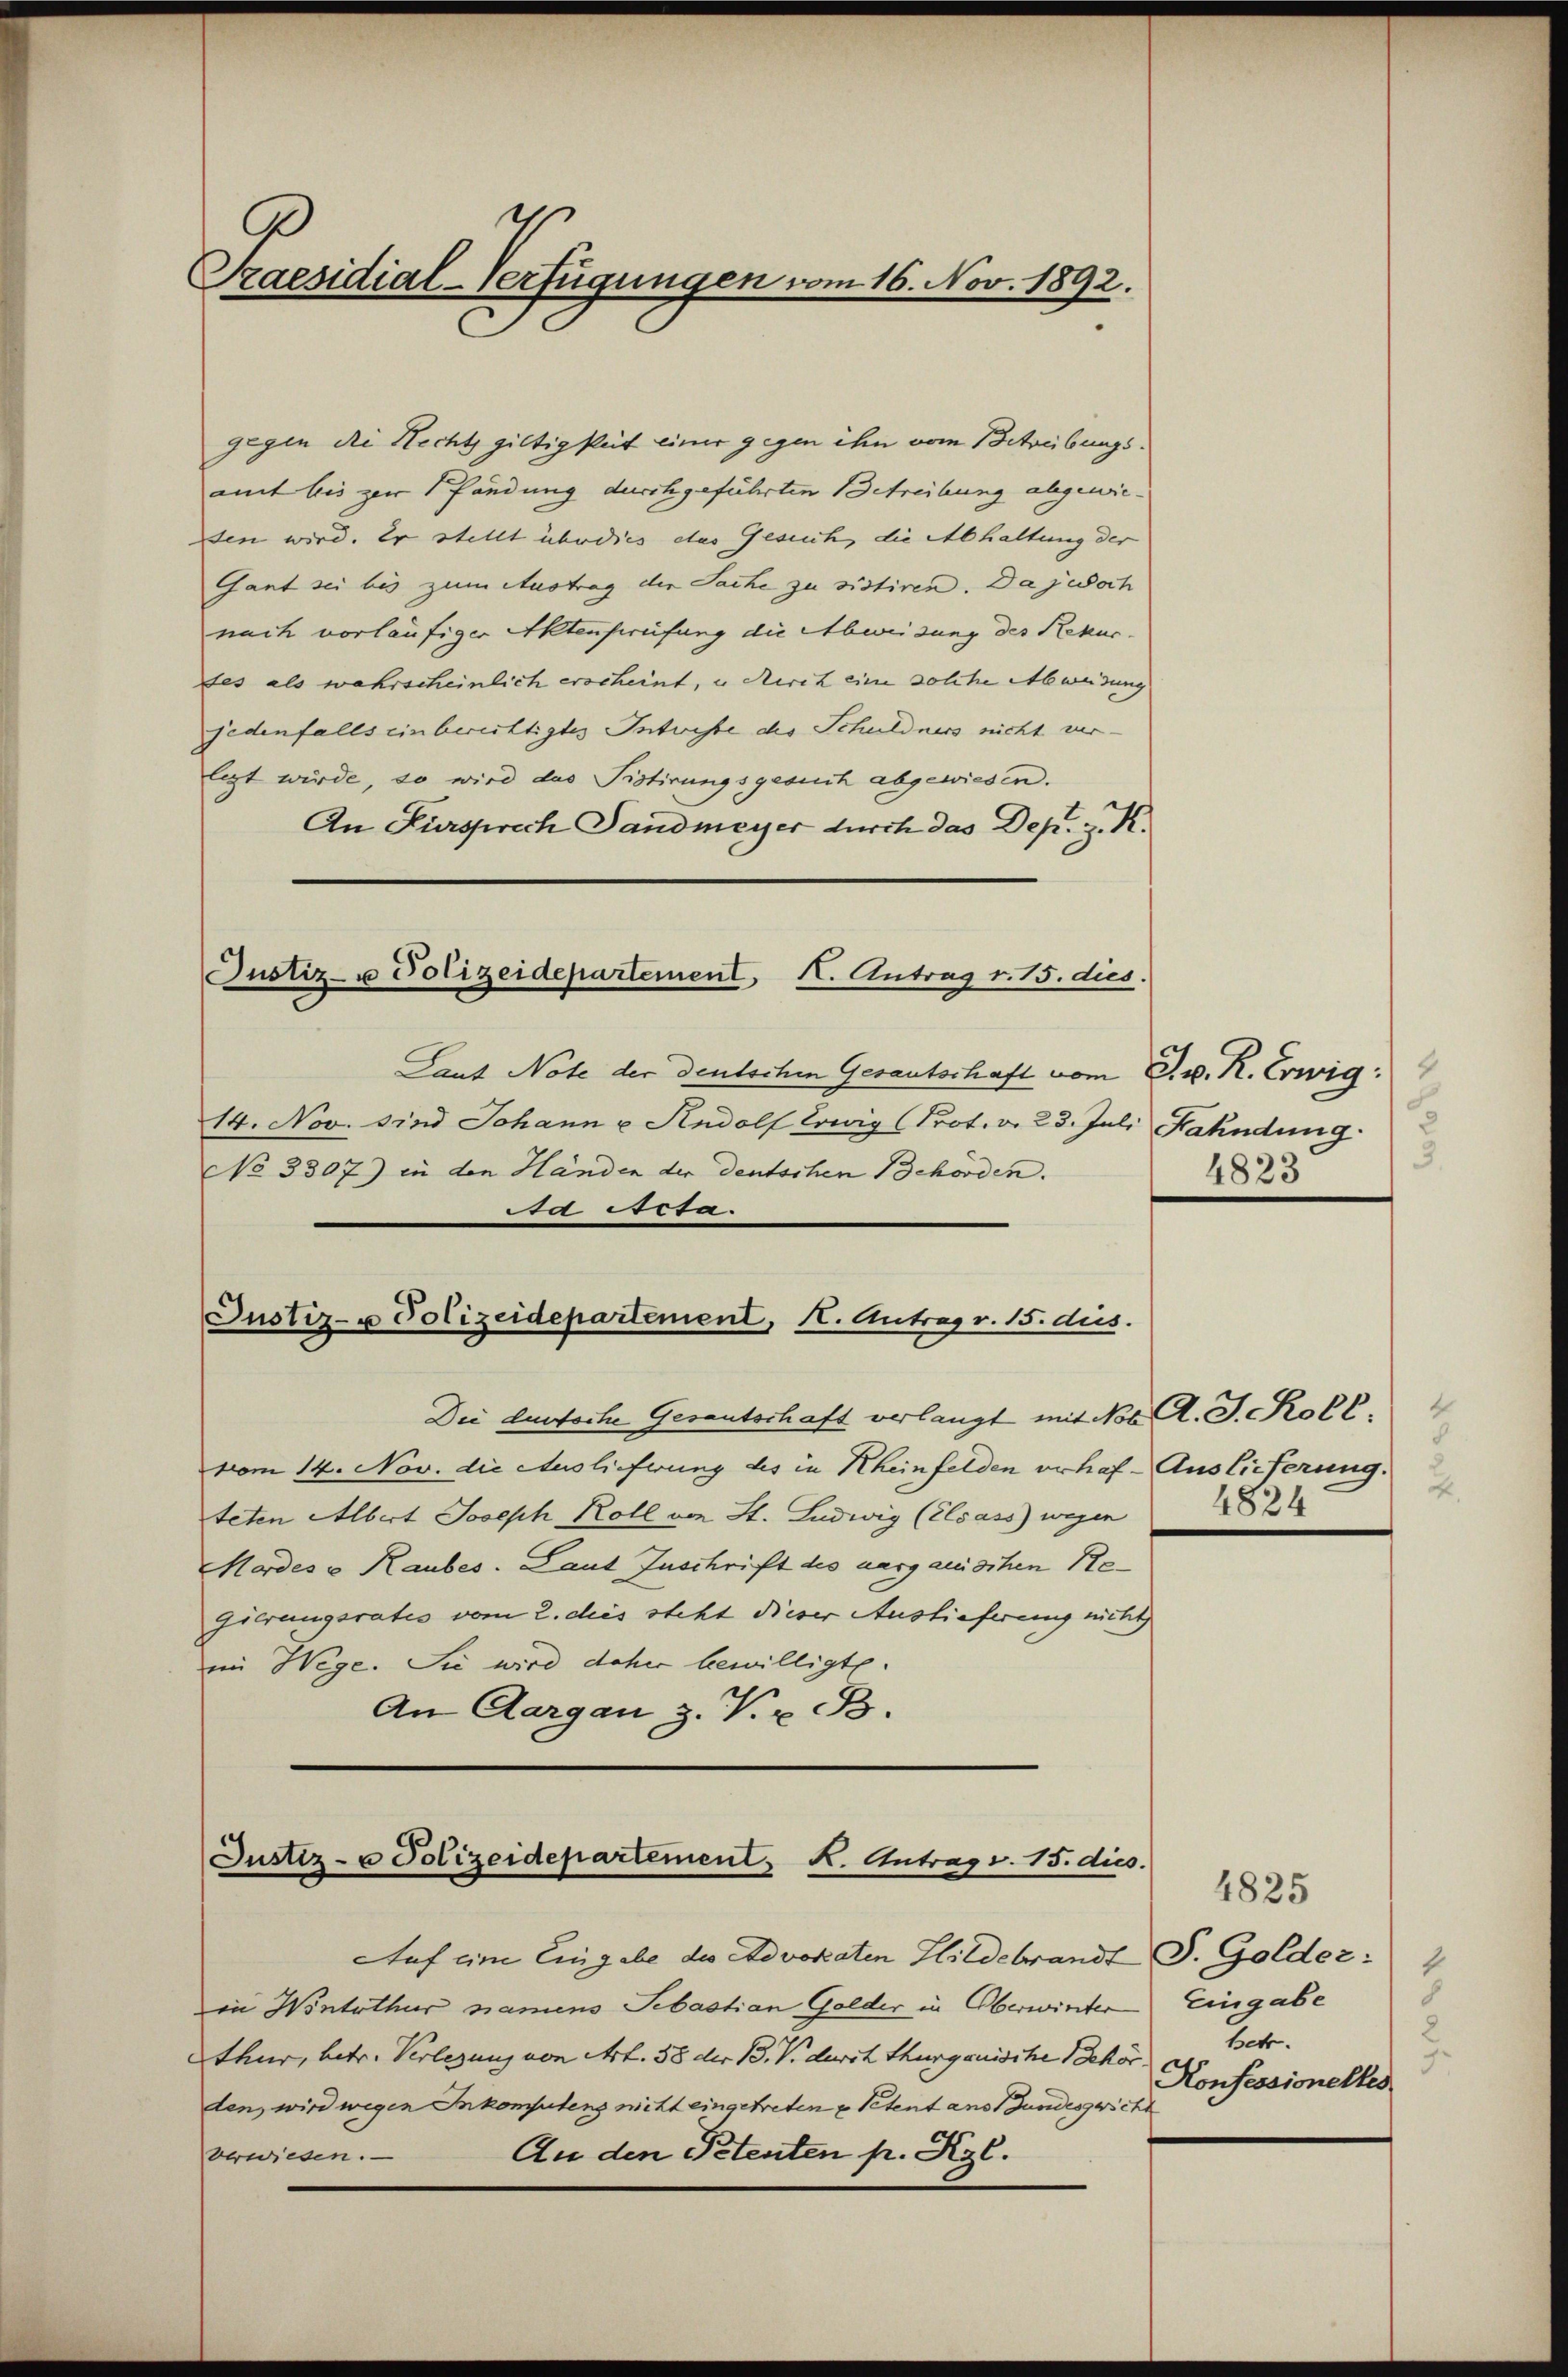
4
Praesidial-Verfügungen vom 16. Nov. 1892.

gegen die Hecht giltigkeit einer gegen ihn vom Betreibungsamt bis zur Pfandung durchgeführten Betreibung abgewieden wird. Er stellt überdies das Gesuch, die Abhaltung der
Gant sei bis zum Austrag der Sache zu sistiren. Da jedoch
nach vorläufiger Aktenpreifung die Abweisung des Rekurdes als wahrscheinlich erscheint, u. Kirch eine solche Abweisung
jedenfalls einbereittigtes Intwisse des Schuldners nicht verletzt würde, so wird das Pistirungsgesuch abgewiesen.
An Fürsprech Sandmeyer durch das Dep. J. K.

Justiz- u Polizeidepartement, K. Antrag v. 15. dies.

14. Nov. sind Johann u. Rudolf Lowig (Prot. v. 23. Juli Fahndung
No 3307) in den Händen der deutschen Behörden.
Aa Acta.

Justiz- u Polizeidepartement, 1. Antrag v. 15. dies.

Laut Note der deutschen Gesantschaft vom J. v. R. Erwig:

Auf eine Eingabe des Advokaten Hildebrandt S. Golder:
in Winterthur namens Sebastian Golder in Oberwinter Eingabe
thur, betr. Verlegung von Art. 38 der 13. V. durch Thurgauische Behör
den, wird wegen Inkomptens nicht eingetreten u Petent ans Gundesgericht
An den Petenten pr. Kgl.
verwiesen.

Die lustoche Gesantschaft verlangt mit No. A. J. Koll
vom 14. Nov. die Auslieferung des in Rheinfelden verhaf-Auslieferung.
teten Albert Joseph Koll von St. Ludwig (Elsass wegen 1882
Mordes v. Raubes. Laut Zuschrift des aargauischen Regierungsratio vom 2. dies steht dieser Auslieferung nicht
em Wege. Sie wird daher bewilligte.
An Aargau z. V. B.

Justiz- u Polizeidepartement, K. Antrag v. 15. dies.

.
4823

d

4825
2
8
Betr.
Konfessionelles